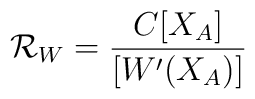
{\cal R}_W = \frac{C [ X_A ]}{ [ W'(X_A) ] }